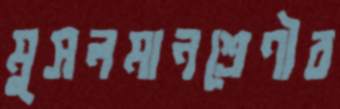
মুসলমানশ্রেণীর